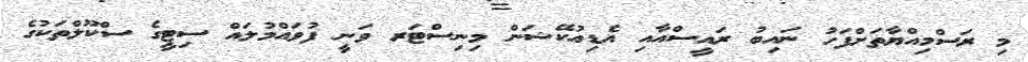
މި ރަސްމިއްޔާތަށްފަހު ނައިބު ރައީސްއާއި އެޑިއުކޭޝަން މިނިސްޓަރ ވަނީ ފުވައްމުލައް ސިޓީގެ ސްކޫލްތަކުގެ